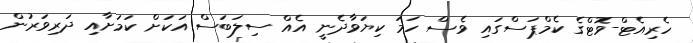
ހެރިއެޓް-ވޮޓްގެ ކެމްޕަސްގައި ވެސް ހަމަ ކިޔަވާދެނީ އެއް ސިލަބަސް އަކަށް ކަމަށާއި ދަރިވަރުން